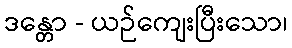
ဒန္တော - ယဉ်ကျေးပြီးသော၊